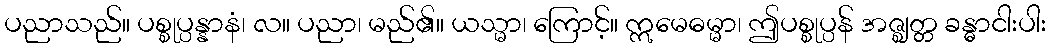
ပညာသည်။ ပစ္စုပ္ပန္နာနံ၊ လ။ ပညာ၊ မည်၏။ ယသ္မာ၊ ကြောင့်။ ဣမေဓမ္မာ၊ ဤပစ္စုပ္ပန် အဇ္ဈတ္တ ခန္ဓာငါးပါး